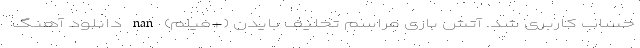
حساب کاربری شد. آتش بازی مراسم تحلیف بایدن (+فیلم) nan دانلود آهنگ